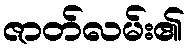
ဇာတ်လမ်း၏